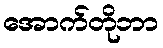
အောက်တိုဘာ